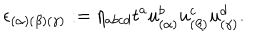
\epsilon _ { ( \alpha ) ( \beta ) ( \gamma ) } : = \eta _ { a b c d } t ^ { a } u _ { ( \alpha ) } ^ { b } u _ { ( \beta ) } ^ { c } u _ { ( \gamma ) } ^ { d } .